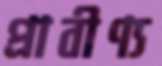
প্রাবীণ্য